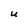
Character: U